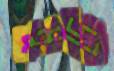
মুদে